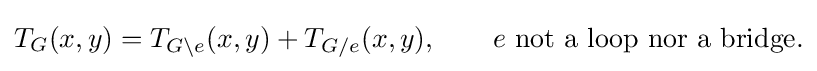
T_{G}(x,y)=T_{G\setminus e}(x,y)+T_{G/e}(x,y),\qquad e{\text{ not a loop nor a bridge.}}